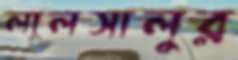
লালসালুর